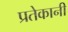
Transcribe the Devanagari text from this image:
प्रतेकानी